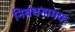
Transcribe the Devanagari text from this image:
निबंधनामक